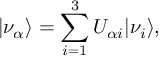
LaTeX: | \nu _ { \alpha } \rangle = \sum _ { i = 1 } ^ { 3 } U _ { \alpha i } | \nu _ { i } \rangle ,